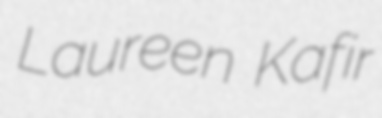
Laureen Kafir